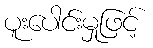
ပူးပေါင်းမှုဖြင့်